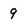
Character: 9